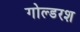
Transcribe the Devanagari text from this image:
गोल्डरश